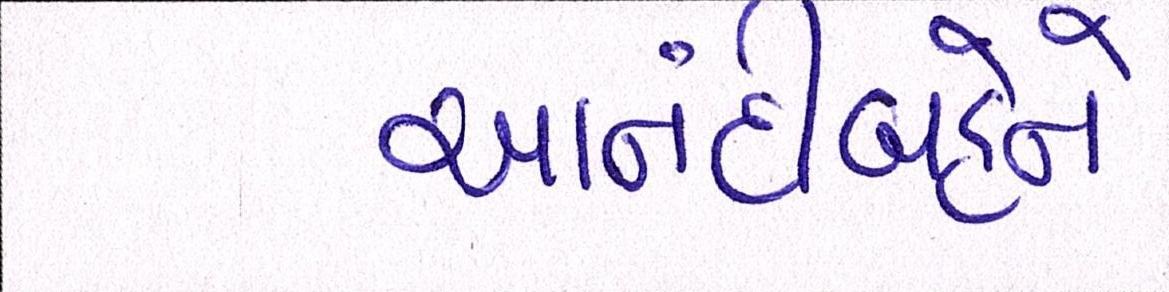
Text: આનંદીબહેને